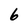
Character: 6